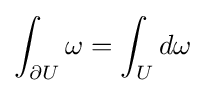
\int _{\partial U}\omega =\int _{U}d\omega